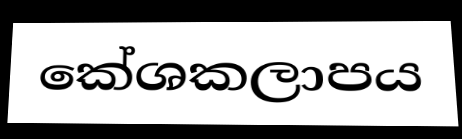
කේශකලාපය